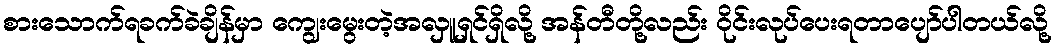
စားသောက်ရခက်ခဲချိန်မှာ ကျွေးမွေးတဲ့အလှူရှင်ရှိလို့ အန်တီတို့လည်း ဝိုင်းလုပ်ပေးရတာပျော်ပါတယ်လို့